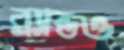
ব্র্যান্ডও